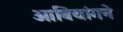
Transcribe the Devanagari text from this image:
ओबियांगने